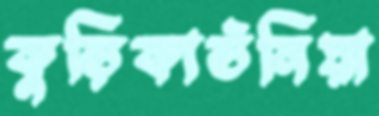
কুড়িকাউনিয়া